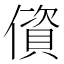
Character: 𰂷